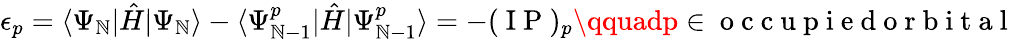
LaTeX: \epsilon_{p}=\langle\Psi_{\mathbb{N}}|\hat{{H}}|\Psi_{\mathbb{N}}\rangle-\langle\Psi_{\mathbb{N}-1}^{p}|\hat{{H}}|\Psi_{\mathbb{N}-1}^{p}\rangle=-(\mathrm{{~I~P~}})_{p}\qquadp\in\mathrm{{~o~c~c~u~p~i~e~d~o~r~b~i~t~a~l~}}